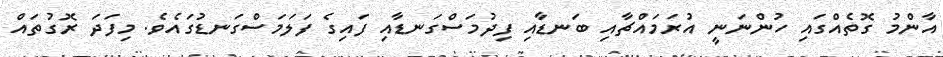
އާންމު ގޮތެއްގައި ހުންނަނީ އުރަމައްޗާއި ބަނޑާއި ފިދުމަސްގަނޑާއި ފައިގެ ފަލަމަސްގަނޑުގައެވެ. މިފަދަ ރޮގުތައް